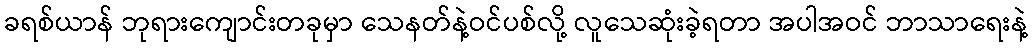
ခရစ်ယာန် ဘုရားကျောင်းတခုမှာ သေနတ်နဲ့ဝင်ပစ်လို့ လူသေဆုံးခဲ့ရတာ အပါအဝင် ဘာသာရေးနဲ့